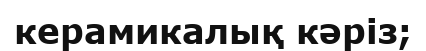
керамикалық кәріз;